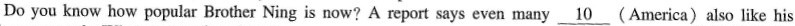
Do you know how popular Brother Ning is now? A report says even many \underline{10}(America)also like his